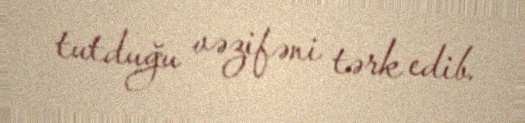
tutduğu vəzifəni tərk edib.